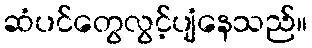
ဆံပင်တွေလွင့်ပျံနေသည်။